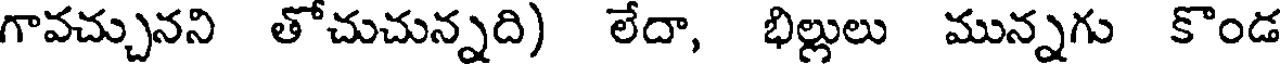
గావచ్చునని తోచుచున్నది) లేదా, భిల్లులు మున్నగు కొండ